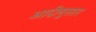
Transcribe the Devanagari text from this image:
आदीनुसार